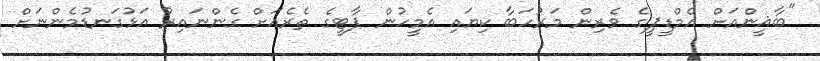
"ބާޣީންއަށް އެމްޑީޕީގެ ވެރިން މަރުހަބާ ކިޔައި އެމީހުން ޕާޓީގެ ތެރެއަށް ގެންނައިރު އަޅުގަނޑުމެންނަށް